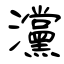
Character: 灙